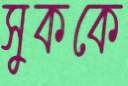
সুককে